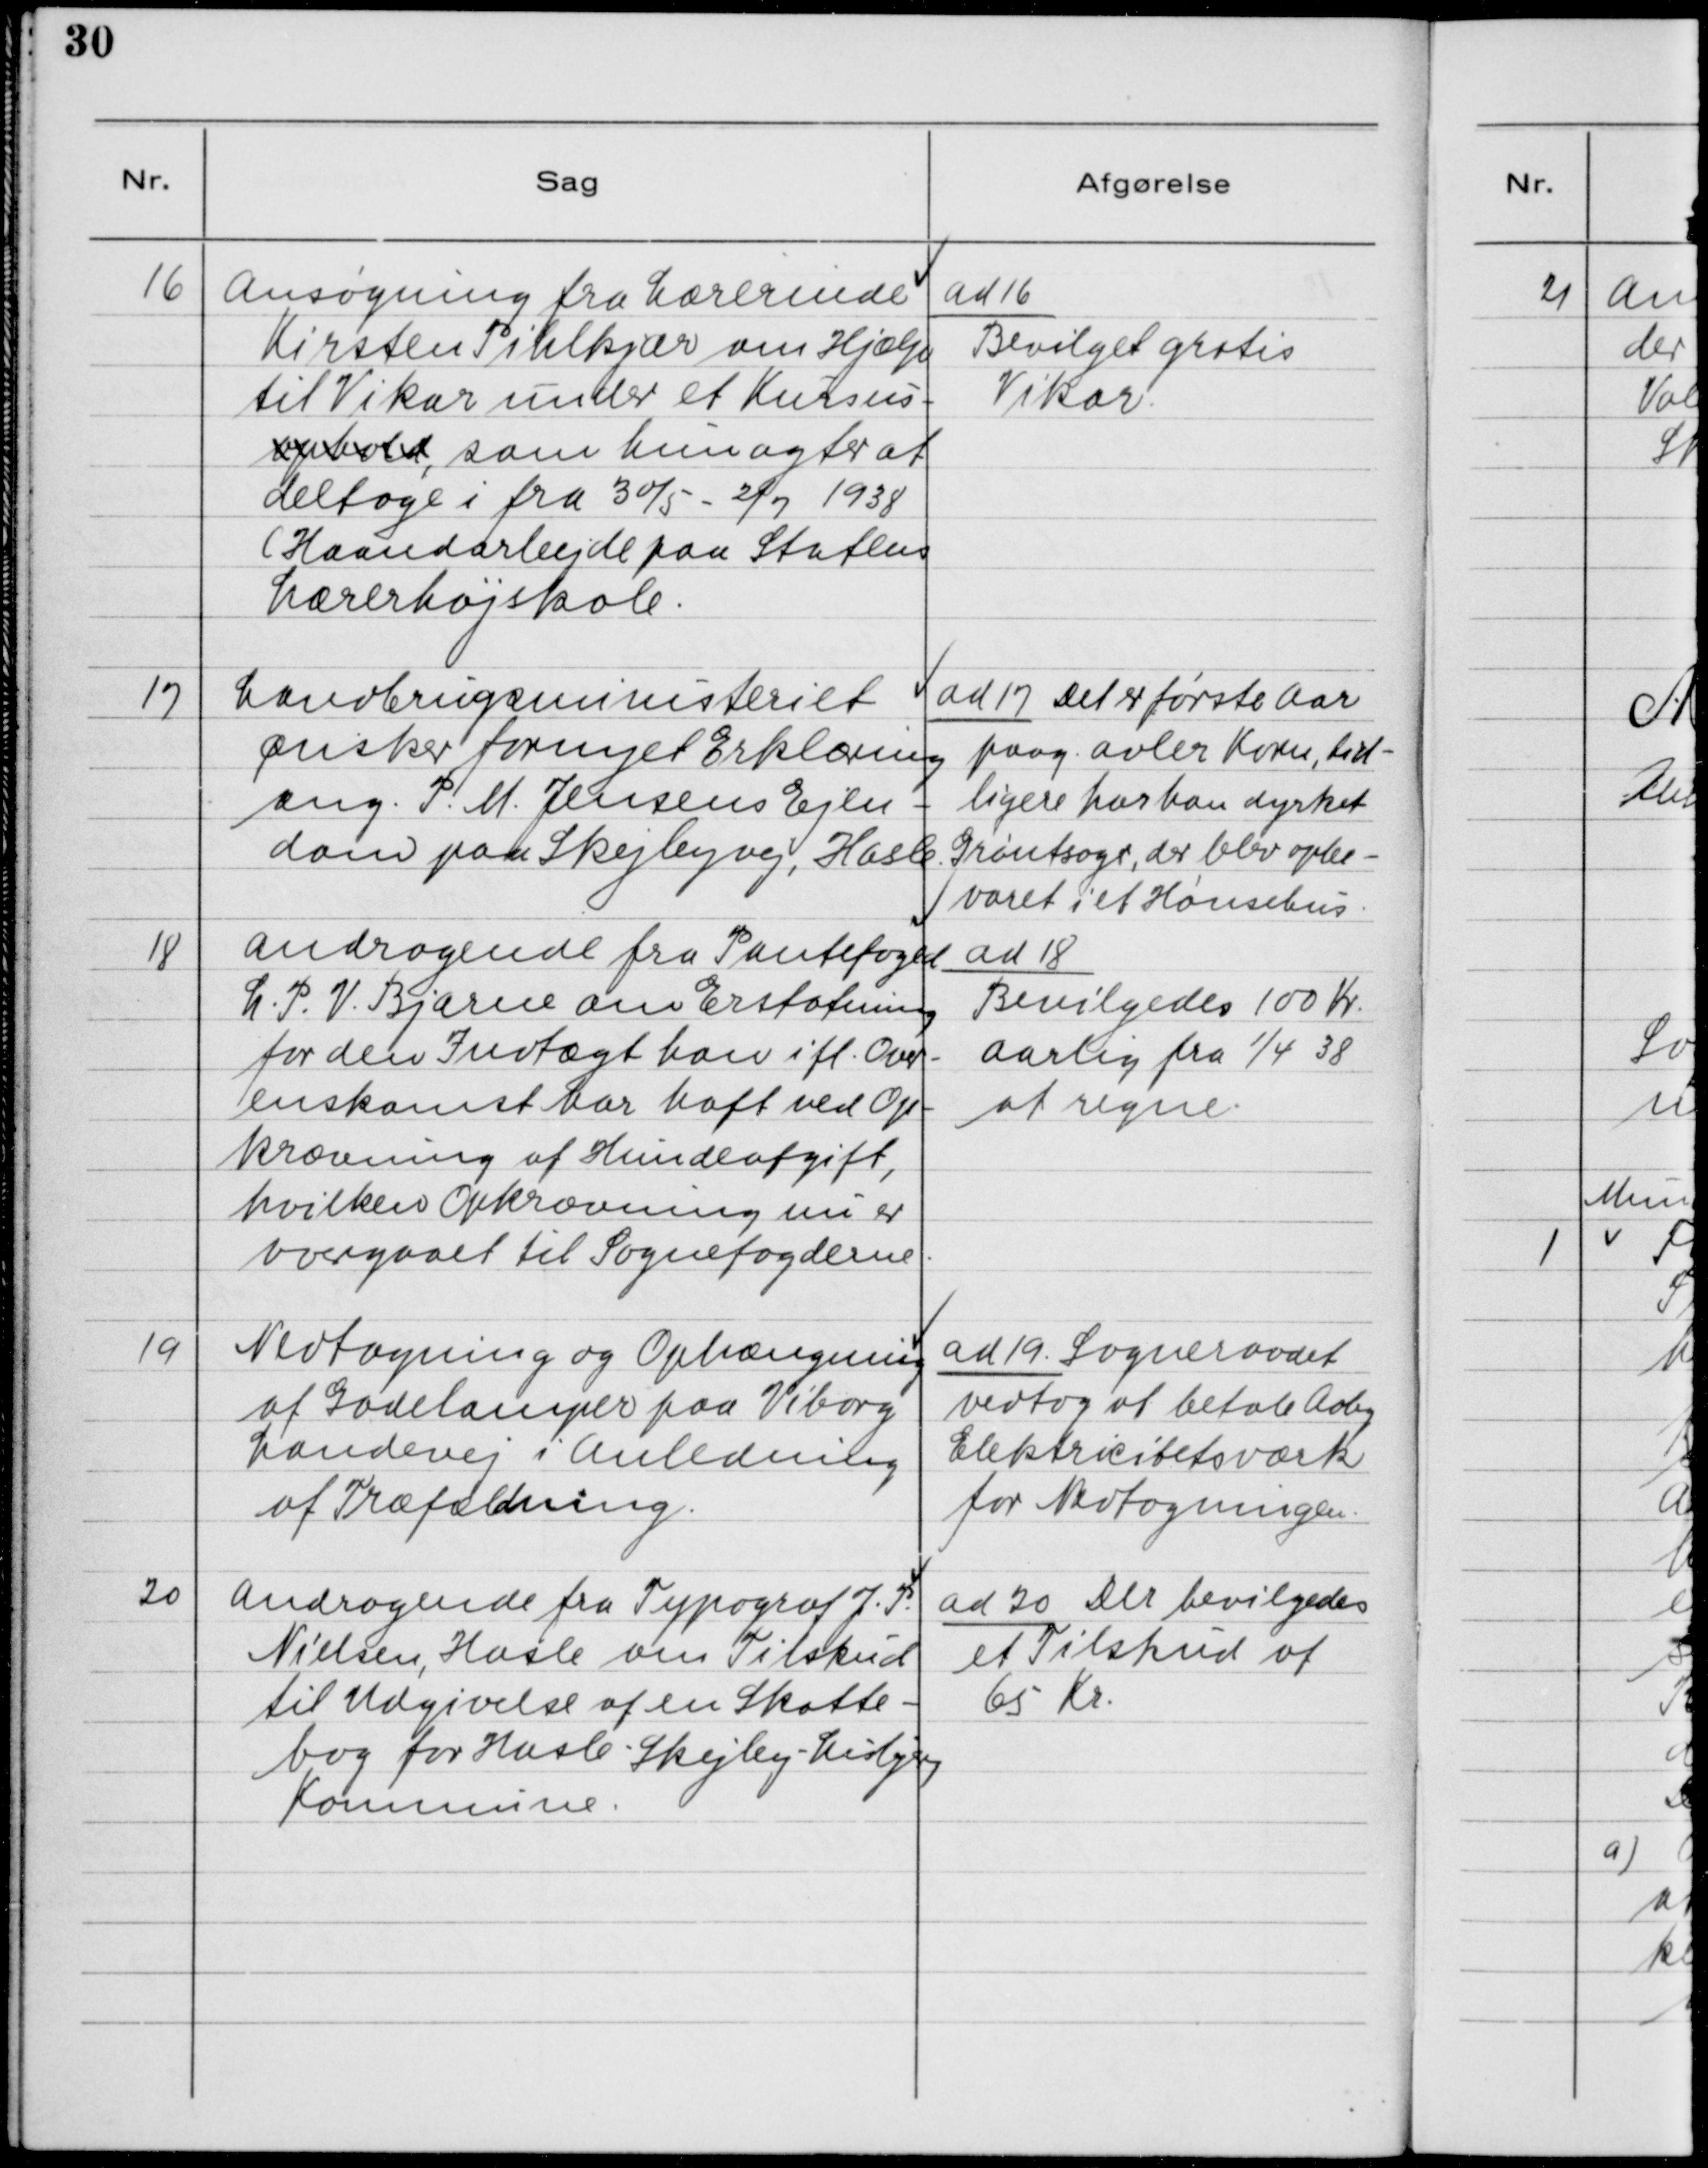
Transskription:
16. Ansøgning fra Lærerinde
Kirsten Pihlkjær om Hjælp
til Vikar under et Kursus-
ophold, som hun agter at
deltage i fra 30/5 - 2/7 1938
(Haandarbejde paa Statens
Lærerhøjskole.

ad 16.
Bevilget gratis
Vikar.

17. Landbrugsministeriet
ønsker fornyet Erklæring
ang. P. M. Jensens Ejen-
dom paa Skejbyvej, Hasle.

ad 17. Det er første Aar
paag. avler Korn, tid-
ligere har han dyrket
Grøntsager, der blev opbe-
varet i et Hønsehus.

18. Andragende fra Pantefoged
L. P. V. Bjarne om Erstatning
for den Indtægt han i ft. Over-
enskomsten har haft ved Op-
krævning af Hundeafgift,
hvilken Opkrævning nu er
overgaaet til Sognefogederne.

ad 18.
Bevilges 100 Kr.
Aarlig fra 1/4 38
at regne.

19. Nedtagning og Ophængning
af Gadelamper paa Viborg
Landevej i Anledning
af Træfældning.

ad 19. Sogneraadet
vedtog at betale Aaby
Elektricitetsværk
for Nedtagningen.

20. Andragende fra Typograf J. P.
Nielsen, Hasle om Tilskud
til Udgivelse af en Skatte-
bog for Hasle - Skejby - Lisbjerg
Kommune.

ad 20. Der bevilgedes
et Tilskud af
65 Kr.